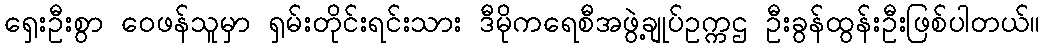
ရှေးဦးစွာ ဝေဖန်သူမှာ ရှမ်းတိုင်းရင်းသား ဒီမိုကရေစီအဖွဲ့ချုပ်ဥက္ကဌ ဦးခွန်ထွန်းဦးဖြစ်ပါတယ်။